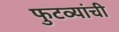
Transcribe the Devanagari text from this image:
फुटव्यांची